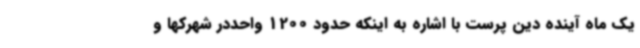
یک‌ ماه آینده دین پرست با اشاره به اینکه حدود 1200 واحددر شهرکها و